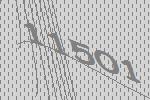
11501